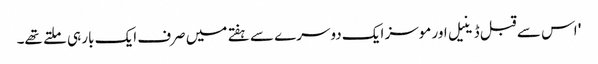
' اس سے قبل ڈینیل اور موسز ایک دوسرے سے ہفتے میں صرف ایک بار ہی ملتے تھے۔